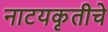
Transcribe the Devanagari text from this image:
नाटयकृतीचे